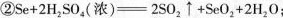
②Se+2H_{2}SO_{4}(浓) = 2SO_{2} \uparrow + SeO_{2} +2H_{2}O;